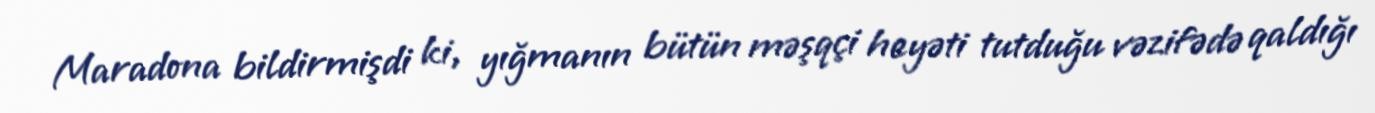
Maradona bildirmişdi ki, yığmanın bütün məşqçi heyəti tutduğu vəzifədə qaldığı